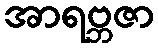
အာရဗ္ဘဇာ